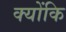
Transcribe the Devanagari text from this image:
क्‍योंकि